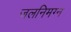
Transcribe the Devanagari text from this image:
जलनिमग्न